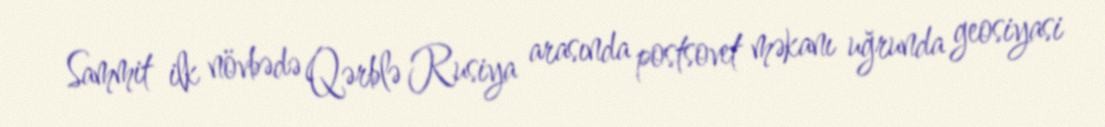
Sammit ilk növbədə Qərblə Rusiya arasında postsovet məkanı uğrunda geosiyasi